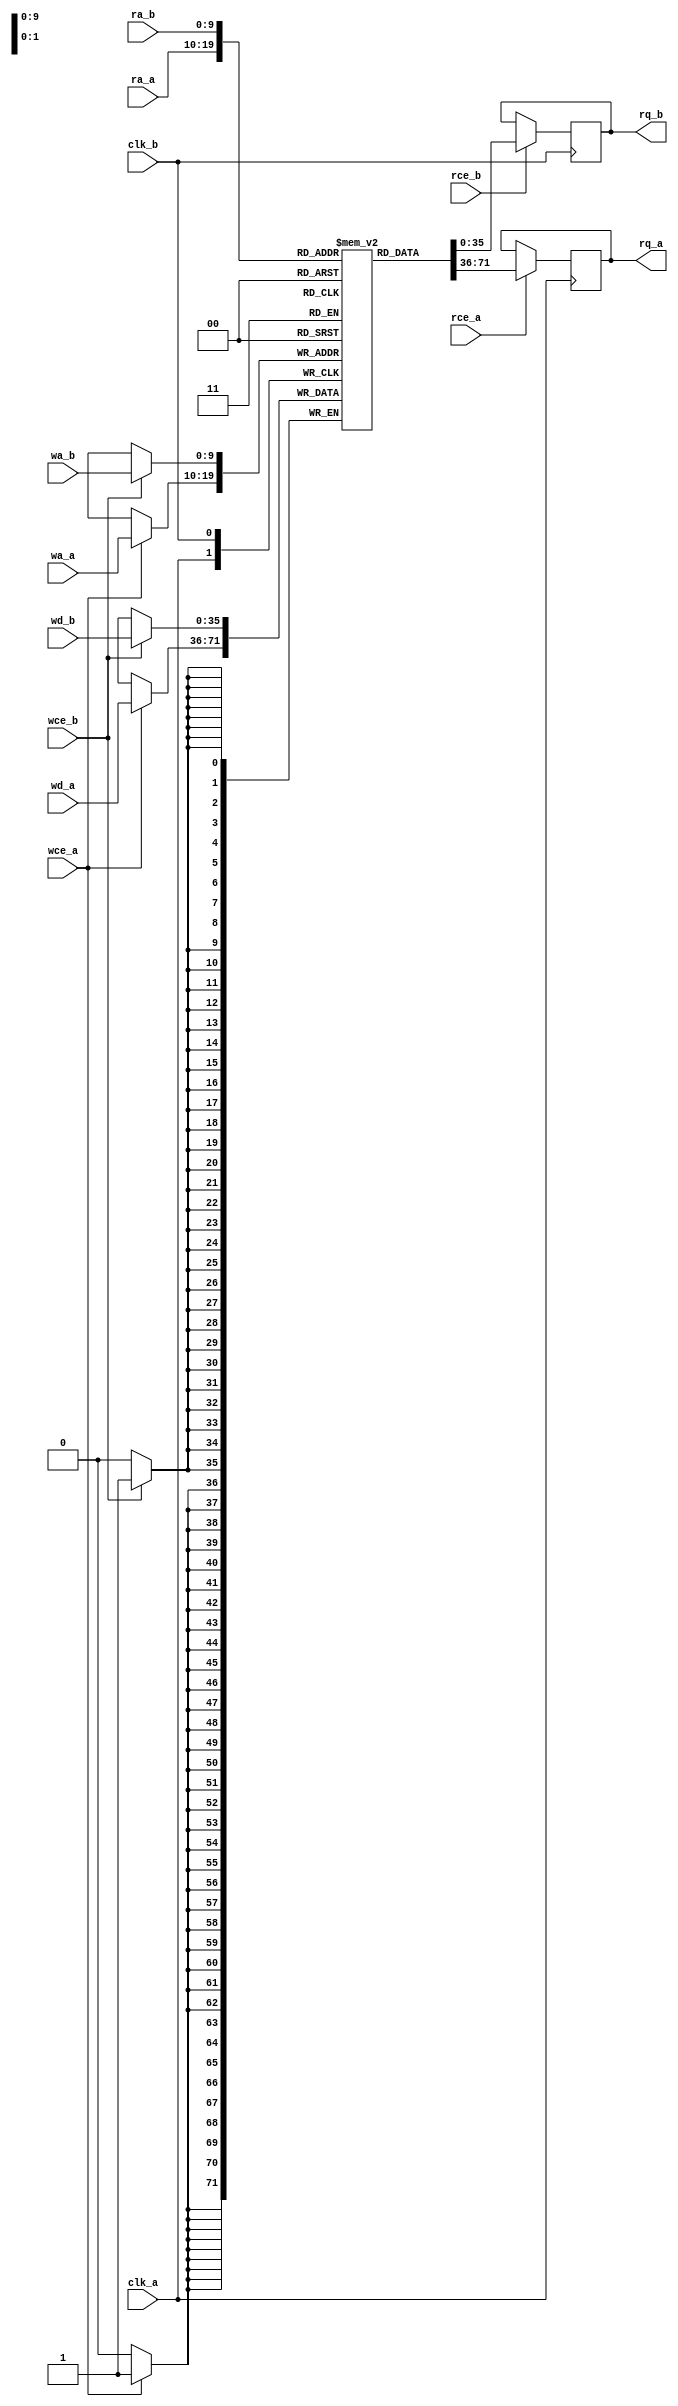
// Copyright 2020-2022 F4PGA Authors
//
// Licensed under the Apache License, Version 2.0 (the "License");
// you may not use this file except in compliance with the License.
// You may obtain a copy of the License at
//
//     http://www.apache.org/licenses/LICENSE-2.0
//
// Unless required by applicable law or agreed to in writing, software
// distributed under the License is distributed on an "AS IS" BASIS,
// WITHOUT WARRANTIES OR CONDITIONS OF ANY KIND, either express or implied.
// See the License for the specific language governing permissions and
// limitations under the License.
//
// SPDX-License-Identifier: Apache-2.0

module BRAM_TDP #(parameter AWIDTH = 10,
parameter DWIDTH = 36)(
	clk_a,
	rce_a,
	ra_a,
	rq_a,
	wce_a,
	wa_a,
	wd_a,

	clk_b,
	rce_b,
	ra_b,
	rq_b,
	wce_b,
	wa_b,
	wd_b
);

	input			clk_a;
	input                   rce_a;
	input      [AWIDTH-1:0] ra_a;
	output reg [DWIDTH-1:0] rq_a;
	input                   wce_a;
	input      [AWIDTH-1:0] wa_a;
	input      [DWIDTH-1:0] wd_a;

	input			clk_b;
	input                   rce_b;
	input      [AWIDTH-1:0] ra_b;
	output reg [DWIDTH-1:0] rq_b;
	input                   wce_b;
	input      [AWIDTH-1:0] wa_b;
	input      [DWIDTH-1:0] wd_b;

	reg        [DWIDTH-1:0] memory[0:(1<<AWIDTH)-1];

	always @(posedge clk_a) begin
		if (rce_a)
			rq_a <= memory[ra_a];

		if (wce_a)
			memory[wa_a] <= wd_a;
	end

	always @(posedge clk_b) begin
		if (rce_b)
			rq_b <= memory[ra_b];

		if (wce_b)
			memory[wa_b] <= wd_b;
	end

	integer i;
	initial
	begin
		for(i = 0; i < (1<<AWIDTH)-1; i = i + 1)
			memory[i] = 0;
	end

endmodule

module BRAM_TDP_36x1024(
	clk_a,
	rce_a,
	ra_a,
	rq_a,
	wce_a,
	wa_a,
	wd_a,

	clk_b,
	rce_b,
	ra_b,
	rq_b,
	wce_b,
	wa_b,
	wd_b
);

parameter AWIDTH = 10;
parameter DWIDTH = 36;

	input			clk_a;
	input                   rce_a;
	input      [AWIDTH-1:0] ra_a;
	output     [DWIDTH-1:0] rq_a;
	input                   wce_a;
	input      [AWIDTH-1:0] wa_a;
	input      [DWIDTH-1:0] wd_a;
	input			clk_b;
	input                   rce_b;
	input      [AWIDTH-1:0] ra_b;
	output     [DWIDTH-1:0] rq_b;
	input                   wce_b;
	input      [AWIDTH-1:0] wa_b;
	input      [DWIDTH-1:0] wd_b;

BRAM_TDP #(.AWIDTH(AWIDTH), .DWIDTH(DWIDTH))
	BRAM_TDP_36x1024 (.clk_a(clk_a),
		 .rce_a(rce_a),
		 .ra_a(ra_a),
		 .rq_a(rq_a),
		 .wce_a(wce_a),
		 .wa_a(wa_a),
		 .wd_a(wd_a),
		 .clk_b(clk_b),
		 .rce_b(rce_b),
		 .ra_b(ra_b),
		 .rq_b(rq_b),
		 .wce_b(wce_b),
		 .wa_b(wa_b),
		 .wd_b(wd_b));

endmodule

module BRAM_TDP_32x1024(
	clk_a,
	rce_a,
	ra_a,
	rq_a,
	wce_a,
	wa_a,
	wd_a,

	clk_b,
	rce_b,
	ra_b,
	rq_b,
	wce_b,
	wa_b,
	wd_b
);

parameter AWIDTH = 10;
parameter DWIDTH = 32;

	input			clk_a;
	input                   rce_a;
	input      [AWIDTH-1:0] ra_a;
	output     [DWIDTH-1:0] rq_a;
	input                   wce_a;
	input      [AWIDTH-1:0] wa_a;
	input      [DWIDTH-1:0] wd_a;
	input			clk_b;
	input                   rce_b;
	input      [AWIDTH-1:0] ra_b;
	output     [DWIDTH-1:0] rq_b;
	input                   wce_b;
	input      [AWIDTH-1:0] wa_b;
	input      [DWIDTH-1:0] wd_b;

BRAM_TDP #(.AWIDTH(AWIDTH), .DWIDTH(DWIDTH))
	BRAM_TDP_32x1024 (.clk_a(clk_a),
		 .rce_a(rce_a),
		 .ra_a(ra_a),
		 .rq_a(rq_a),
		 .wce_a(wce_a),
		 .wa_a(wa_a),
		 .wd_a(wd_a),
		 .clk_b(clk_b),
		 .rce_b(rce_b),
		 .ra_b(ra_b),
		 .rq_b(rq_b),
		 .wce_b(wce_b),
		 .wa_b(wa_b),
		 .wd_b(wd_b));

endmodule

module BRAM_TDP_18x2048(
	clk_a,
	rce_a,
	ra_a,
	rq_a,
	wce_a,
	wa_a,
	wd_a,
	clk_b,
	rce_b,
	ra_b,
	rq_b,
	wce_b,
	wa_b,
	wd_b
);

parameter AWIDTH = 11;
parameter DWIDTH = 18;

	input			clk_a;
	input                   rce_a;
	input      [AWIDTH-1:0] ra_a;
	output     [DWIDTH-1:0] rq_a;
	input                   wce_a;
	input      [AWIDTH-1:0] wa_a;
	input      [DWIDTH-1:0] wd_a;

	input			clk_b;
	input                   rce_b;
	input      [AWIDTH-1:0] ra_b;
	output     [DWIDTH-1:0] rq_b;
	input                   wce_b;
	input      [AWIDTH-1:0] wa_b;
	input      [DWIDTH-1:0] wd_b;

BRAM_TDP #(.AWIDTH(AWIDTH), .DWIDTH(DWIDTH))
	BRAM_TDP_18x2048 (.clk_a(clk_a),
		 .rce_a(rce_a),
		 .ra_a(ra_a),
		 .rq_a(rq_a),
		 .wce_a(wce_a),
		 .wa_a(wa_a),
		 .wd_a(wd_a),
		 .clk_b(clk_b),
		 .rce_b(rce_b),
		 .ra_b(ra_b),
		 .rq_b(rq_b),
		 .wce_b(wce_b),
		 .wa_b(wa_b),
		 .wd_b(wd_b));
endmodule

module BRAM_TDP_16x2048(
	clk_a,
	rce_a,
	ra_a,
	rq_a,
	wce_a,
	wa_a,
	wd_a,
	clk_b,
	rce_b,
	ra_b,
	rq_b,
	wce_b,
	wa_b,
	wd_b
);

parameter AWIDTH = 11;
parameter DWIDTH = 16;

	input			clk_a;
	input                   rce_a;
	input      [AWIDTH-1:0] ra_a;
	output     [DWIDTH-1:0] rq_a;
	input                   wce_a;
	input      [AWIDTH-1:0] wa_a;
	input      [DWIDTH-1:0] wd_a;

	input			clk_b;
	input                   rce_b;
	input      [AWIDTH-1:0] ra_b;
	output     [DWIDTH-1:0] rq_b;
	input                   wce_b;
	input      [AWIDTH-1:0] wa_b;
	input      [DWIDTH-1:0] wd_b;

BRAM_TDP #(.AWIDTH(AWIDTH), .DWIDTH(DWIDTH))
	BRAM_TDP_16x2048 (.clk_a(clk_a),
		 .rce_a(rce_a),
		 .ra_a(ra_a),
		 .rq_a(rq_a),
		 .wce_a(wce_a),
		 .wa_a(wa_a),
		 .wd_a(wd_a),
		 .clk_b(clk_b),
		 .rce_b(rce_b),
		 .ra_b(ra_b),
		 .rq_b(rq_b),
		 .wce_b(wce_b),
		 .wa_b(wa_b),
		 .wd_b(wd_b));
endmodule

module BRAM_TDP_9x4096(
	clk_a,
	rce_a,
	ra_a,
	rq_a,
	wce_a,
	wa_a,
	wd_a,

	clk_b,
	rce_b,
	ra_b,
	rq_b,
	wce_b,
	wa_b,
	wd_b
);

parameter AWIDTH = 12;
parameter DWIDTH = 9;

	input			clk_a;
	input                   rce_a;
	input      [AWIDTH-1:0] ra_a;
	output     [DWIDTH-1:0] rq_a;
	input                   wce_a;
	input      [AWIDTH-1:0] wa_a;
	input      [DWIDTH-1:0] wd_a;

	input			clk_b;
	input                   rce_b;
	input      [AWIDTH-1:0] ra_b;
	output     [DWIDTH-1:0] rq_b;
	input                   wce_b;
	input      [AWIDTH-1:0] wa_b;
	input      [DWIDTH-1:0] wd_b;

BRAM_TDP #(.AWIDTH(AWIDTH), .DWIDTH(DWIDTH))
	BRAM_TDP_9x4096 (.clk_a(clk_a),
		 .rce_a(rce_a),
		 .ra_a(ra_a),
		 .rq_a(rq_a),
		 .wce_a(wce_a),
		 .wa_a(wa_a),
		 .wd_a(wd_a),
		 .clk_b(clk_b),
		 .rce_b(rce_b),
		 .ra_b(ra_b),
		 .rq_b(rq_b),
		 .wce_b(wce_b),
		 .wa_b(wa_b),
		 .wd_b(wd_b));
endmodule

module BRAM_TDP_8x4096(
	clk_a,
	rce_a,
	ra_a,
	rq_a,
	wce_a,
	wa_a,
	wd_a,

	clk_b,
	rce_b,
	ra_b,
	rq_b,
	wce_b,
	wa_b,
	wd_b
);

parameter AWIDTH = 12;
parameter DWIDTH = 8;

	input			clk_a;
	input                   rce_a;
	input      [AWIDTH-1:0] ra_a;
	output     [DWIDTH-1:0] rq_a;
	input                   wce_a;
	input      [AWIDTH-1:0] wa_a;
	input      [DWIDTH-1:0] wd_a;

	input			clk_b;
	input                   rce_b;
	input      [AWIDTH-1:0] ra_b;
	output     [DWIDTH-1:0] rq_b;
	input                   wce_b;
	input      [AWIDTH-1:0] wa_b;
	input      [DWIDTH-1:0] wd_b;

BRAM_TDP #(.AWIDTH(AWIDTH), .DWIDTH(DWIDTH))
	BRAM_TDP_8x4096 (.clk_a(clk_a),
		 .rce_a(rce_a),
		 .ra_a(ra_a),
		 .rq_a(rq_a),
		 .wce_a(wce_a),
		 .wa_a(wa_a),
		 .wd_a(wd_a),
		 .clk_b(clk_b),
		 .rce_b(rce_b),
		 .ra_b(ra_b),
		 .rq_b(rq_b),
		 .wce_b(wce_b),
		 .wa_b(wa_b),
		 .wd_b(wd_b));
endmodule

module BRAM_TDP_4x8192(
	clk_a,
	rce_a,
	ra_a,
	rq_a,
	wce_a,
	wa_a,
	wd_a,

	clk_b,
	rce_b,
	ra_b,
	rq_b,
	wce_b,
	wa_b,
	wd_b
);

parameter AWIDTH = 13;
parameter DWIDTH = 4;

	input			clk_a;
	input                   rce_a;
	input      [AWIDTH-1:0] ra_a;
	output     [DWIDTH-1:0] rq_a;
	input                   wce_a;
	input      [AWIDTH-1:0] wa_a;
	input      [DWIDTH-1:0] wd_a;

	input			clk_b;
	input                   rce_b;
	input      [AWIDTH-1:0] ra_b;
	output     [DWIDTH-1:0] rq_b;
	input                   wce_b;
	input      [AWIDTH-1:0] wa_b;
	input      [DWIDTH-1:0] wd_b;

BRAM_TDP #(.AWIDTH(AWIDTH), .DWIDTH(DWIDTH))
	BRAM_TDP_4x8192 (.clk_a(clk_a),
		 .rce_a(rce_a),
		 .ra_a(ra_a),
		 .rq_a(rq_a),
		 .wce_a(wce_a),
		 .wa_a(wa_a),
		 .wd_a(wd_a),
		 .clk_b(clk_b),
		 .rce_b(rce_b),
		 .ra_b(ra_b),
		 .rq_b(rq_b),
		 .wce_b(wce_b),
		 .wa_b(wa_b),
		 .wd_b(wd_b));
endmodule

module BRAM_TDP_2x16384(
	clk_a,
	rce_a,
	ra_a,
	rq_a,
	wce_a,
	wa_a,
	wd_a,

	clk_b,
	rce_b,
	ra_b,
	rq_b,
	wce_b,
	wa_b,
	wd_b
);

parameter AWIDTH = 14;
parameter DWIDTH = 2;

	input			clk_a;
	input                   rce_a;
	input      [AWIDTH-1:0] ra_a;
	output     [DWIDTH-1:0] rq_a;
	input                   wce_a;
	input      [AWIDTH-1:0] wa_a;
	input      [DWIDTH-1:0] wd_a;

	input			clk_b;
	input                   rce_b;
	input      [AWIDTH-1:0] ra_b;
	output     [DWIDTH-1:0] rq_b;
	input                   wce_b;
	input      [AWIDTH-1:0] wa_b;
	input      [DWIDTH-1:0] wd_b;

BRAM_TDP #(.AWIDTH(AWIDTH), .DWIDTH(DWIDTH))
	BRAM_TDP_2x16384 (.clk_a(clk_a),
		 .rce_a(rce_a),
		 .ra_a(ra_a),
		 .rq_a(rq_a),
		 .wce_a(wce_a),
		 .wa_a(wa_a),
		 .wd_a(wd_a),
		 .clk_b(clk_b),
		 .rce_b(rce_b),
		 .ra_b(ra_b),
		 .rq_b(rq_b),
		 .wce_b(wce_b),
		 .wa_b(wa_b),
		 .wd_b(wd_b));
endmodule

module BRAM_TDP_1x32768(
	clk_a,
	rce_a,
	ra_a,
	rq_a,
	wce_a,
	wa_a,
	wd_a,

	clk_b,
	rce_b,
	ra_b,
	rq_b,
	wce_b,
	wa_b,
	wd_b
);

parameter AWIDTH = 15;
parameter DWIDTH = 1;

	input			clk_a;
	input                   rce_a;
	input      [AWIDTH-1:0] ra_a;
	output     [DWIDTH-1:0] rq_a;
	input                   wce_a;
	input      [AWIDTH-1:0] wa_a;
	input      [DWIDTH-1:0] wd_a;

	input			clk_b;
	input                   rce_b;
	input      [AWIDTH-1:0] ra_b;
	output     [DWIDTH-1:0] rq_b;
	input                   wce_b;
	input      [AWIDTH-1:0] wa_b;
	input      [DWIDTH-1:0] wd_b;

BRAM_TDP #(.AWIDTH(AWIDTH), .DWIDTH(DWIDTH))
	BRAM_TDP_2x32768 (.clk_a(clk_a),
		 .rce_a(rce_a),
		 .ra_a(ra_a),
		 .rq_a(rq_a),
		 .wce_a(wce_a),
		 .wa_a(wa_a),
		 .wd_a(wd_a),
		 .clk_b(clk_b),
		 .rce_b(rce_b),
		 .ra_b(ra_b),
		 .rq_b(rq_b),
		 .wce_b(wce_b),
		 .wa_b(wa_b),
		 .wd_b(wd_b));
endmodule